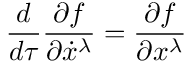
{ \frac { d } { d \tau } } { \frac { \partial f } { \partial { \dot { x } } ^ { \lambda } } } = { \frac { \partial f } { \partial x ^ { \lambda } } }